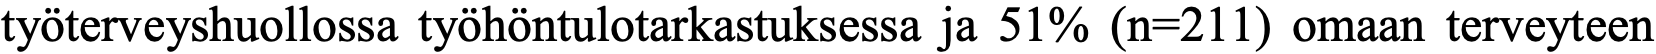
työterveyshuollossa työhöntulotarkastuksessa ja 51% (n=211) omaan terveyteen